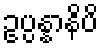
ဥပ္ပန္နာနိပိ